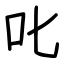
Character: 叱